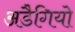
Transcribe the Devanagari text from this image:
अडैगियो